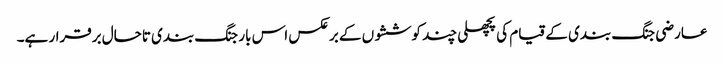
عارضی جنگ بندی کے قیام کی پچھلی چند کوششوں کے برعکس اس بار جنگ بندی تاحال برقرار ہے۔